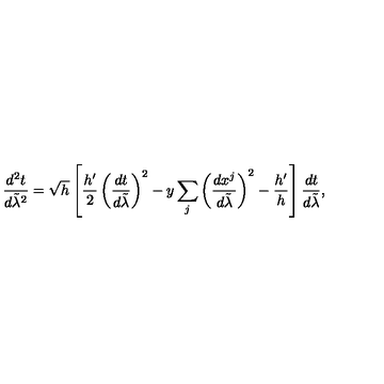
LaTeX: { \frac { d ^ { 2 } t } { d \tilde { \lambda } ^ { 2 } } } = \sqrt { h } \left[ { \frac { h ^ { \prime } } { 2 } } \left( { \frac { d t } { d \tilde { \lambda } } } \right) ^ { 2 } - y \sum _ { j } \left( { \frac { d x ^ { j } } { d \tilde { \lambda } } } \right) ^ { 2 } - { \frac { h ^ { \prime } } { h } } \right] { \frac { d t } { d \tilde { \lambda } } } ,